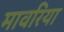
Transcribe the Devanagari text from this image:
मावरिया